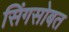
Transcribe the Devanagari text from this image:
सिंगसोबत